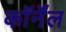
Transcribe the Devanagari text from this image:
कॉर्नेंल